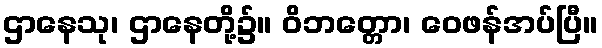
ဌာနေသု၊ ဌာနေတို့၌။ ဝိဘတ္တော၊ ဝေဖန်အပ်ပြီ။